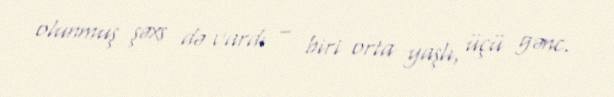
olunmuş şəxs də vardı – biri orta yaşlı, üçü gənc.